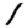
Digit: 1